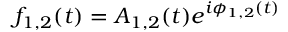
f _ { 1 , 2 } ( t ) = A _ { 1 , 2 } ( t ) e ^ { i \phi _ { 1 , 2 } ( t ) }